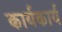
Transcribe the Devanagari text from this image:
कार्यकार्य